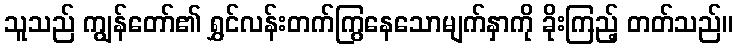
သူသည် ကျွန်တော်၏ ရွှင်လန်းတက်ကြွနေသောမျက်နှာကို ခိုးကြည့် တတ်သည်။